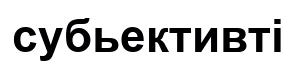
субьективті